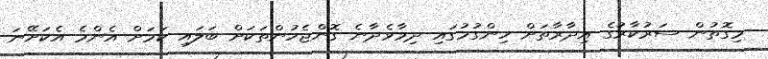
މިގޮތުން ސަރުކާރުގެ އިދާރާތަށް ހިންގުމުގައި ދިމާވެދާނެ ގޮންޖެހުންތަކަށް ބަލައި ކަމަށް އެންމެ އެކަށޭނަ